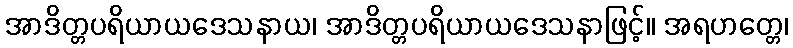
အာဒိတ္တပရိယာယဒေသနာယ၊ အာဒိတ္တပရိယာယဒေသနာဖြင့်။ အရဟတ္တေ၊